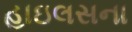
હાઇલસના